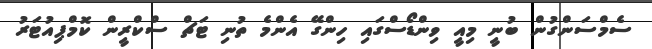
ސެމްސަންގުން ބުނީ މިއީ ވިންޑޯސްގައި ހިންގޭ އެންމެ ތުނި ޓަޗް ސްކްރީން ކޮމްޕިއުޓަރު